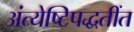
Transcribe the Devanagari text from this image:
अंत्येष्टिपद्धतींत